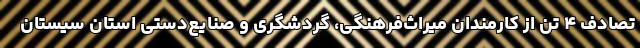
تصادف ۴ تن از کارمندان میراث‌فرهنگی، گردشگری و صنایع‌دستی استان سیستان